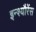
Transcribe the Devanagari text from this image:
इन्श्यौरेंस